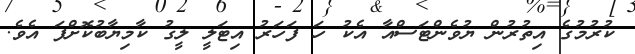
ކުރުމުގެ އިތުރުން ޔުވެންޓަސްއާ އެކު ހަ ފަހަރު އިޓަލީ ލީގު ކާމިޔާބުކޮށްފަ އެވެ.